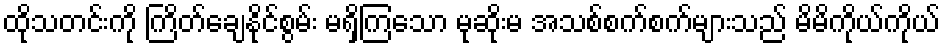
ထိုသတင်းကို ကြိတ်ချေနိုင်စွမ်း မရှိကြသော မုဆိုးမ အသစ်စက်စက်များသည် မိမိကိုယ်ကိုယ်